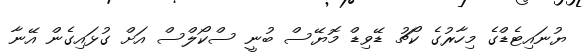
ޔުނައިޓެޑްގެ މިހާރުގެ ކޯޗު ޑޭވިޑް މޮޔޭސް ބުނީ ސްކޯލްސް އަށް ގުޅައިގެން އޭނާ